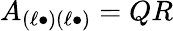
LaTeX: A_{(\ell\bullet)(\ell\bullet)}=QR